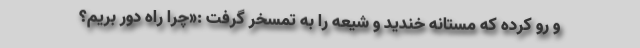
و رو کرده که مستانه خندید و شیعه را به تمسخر گرفت :«چرا راه دور بریم؟